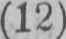
(12)